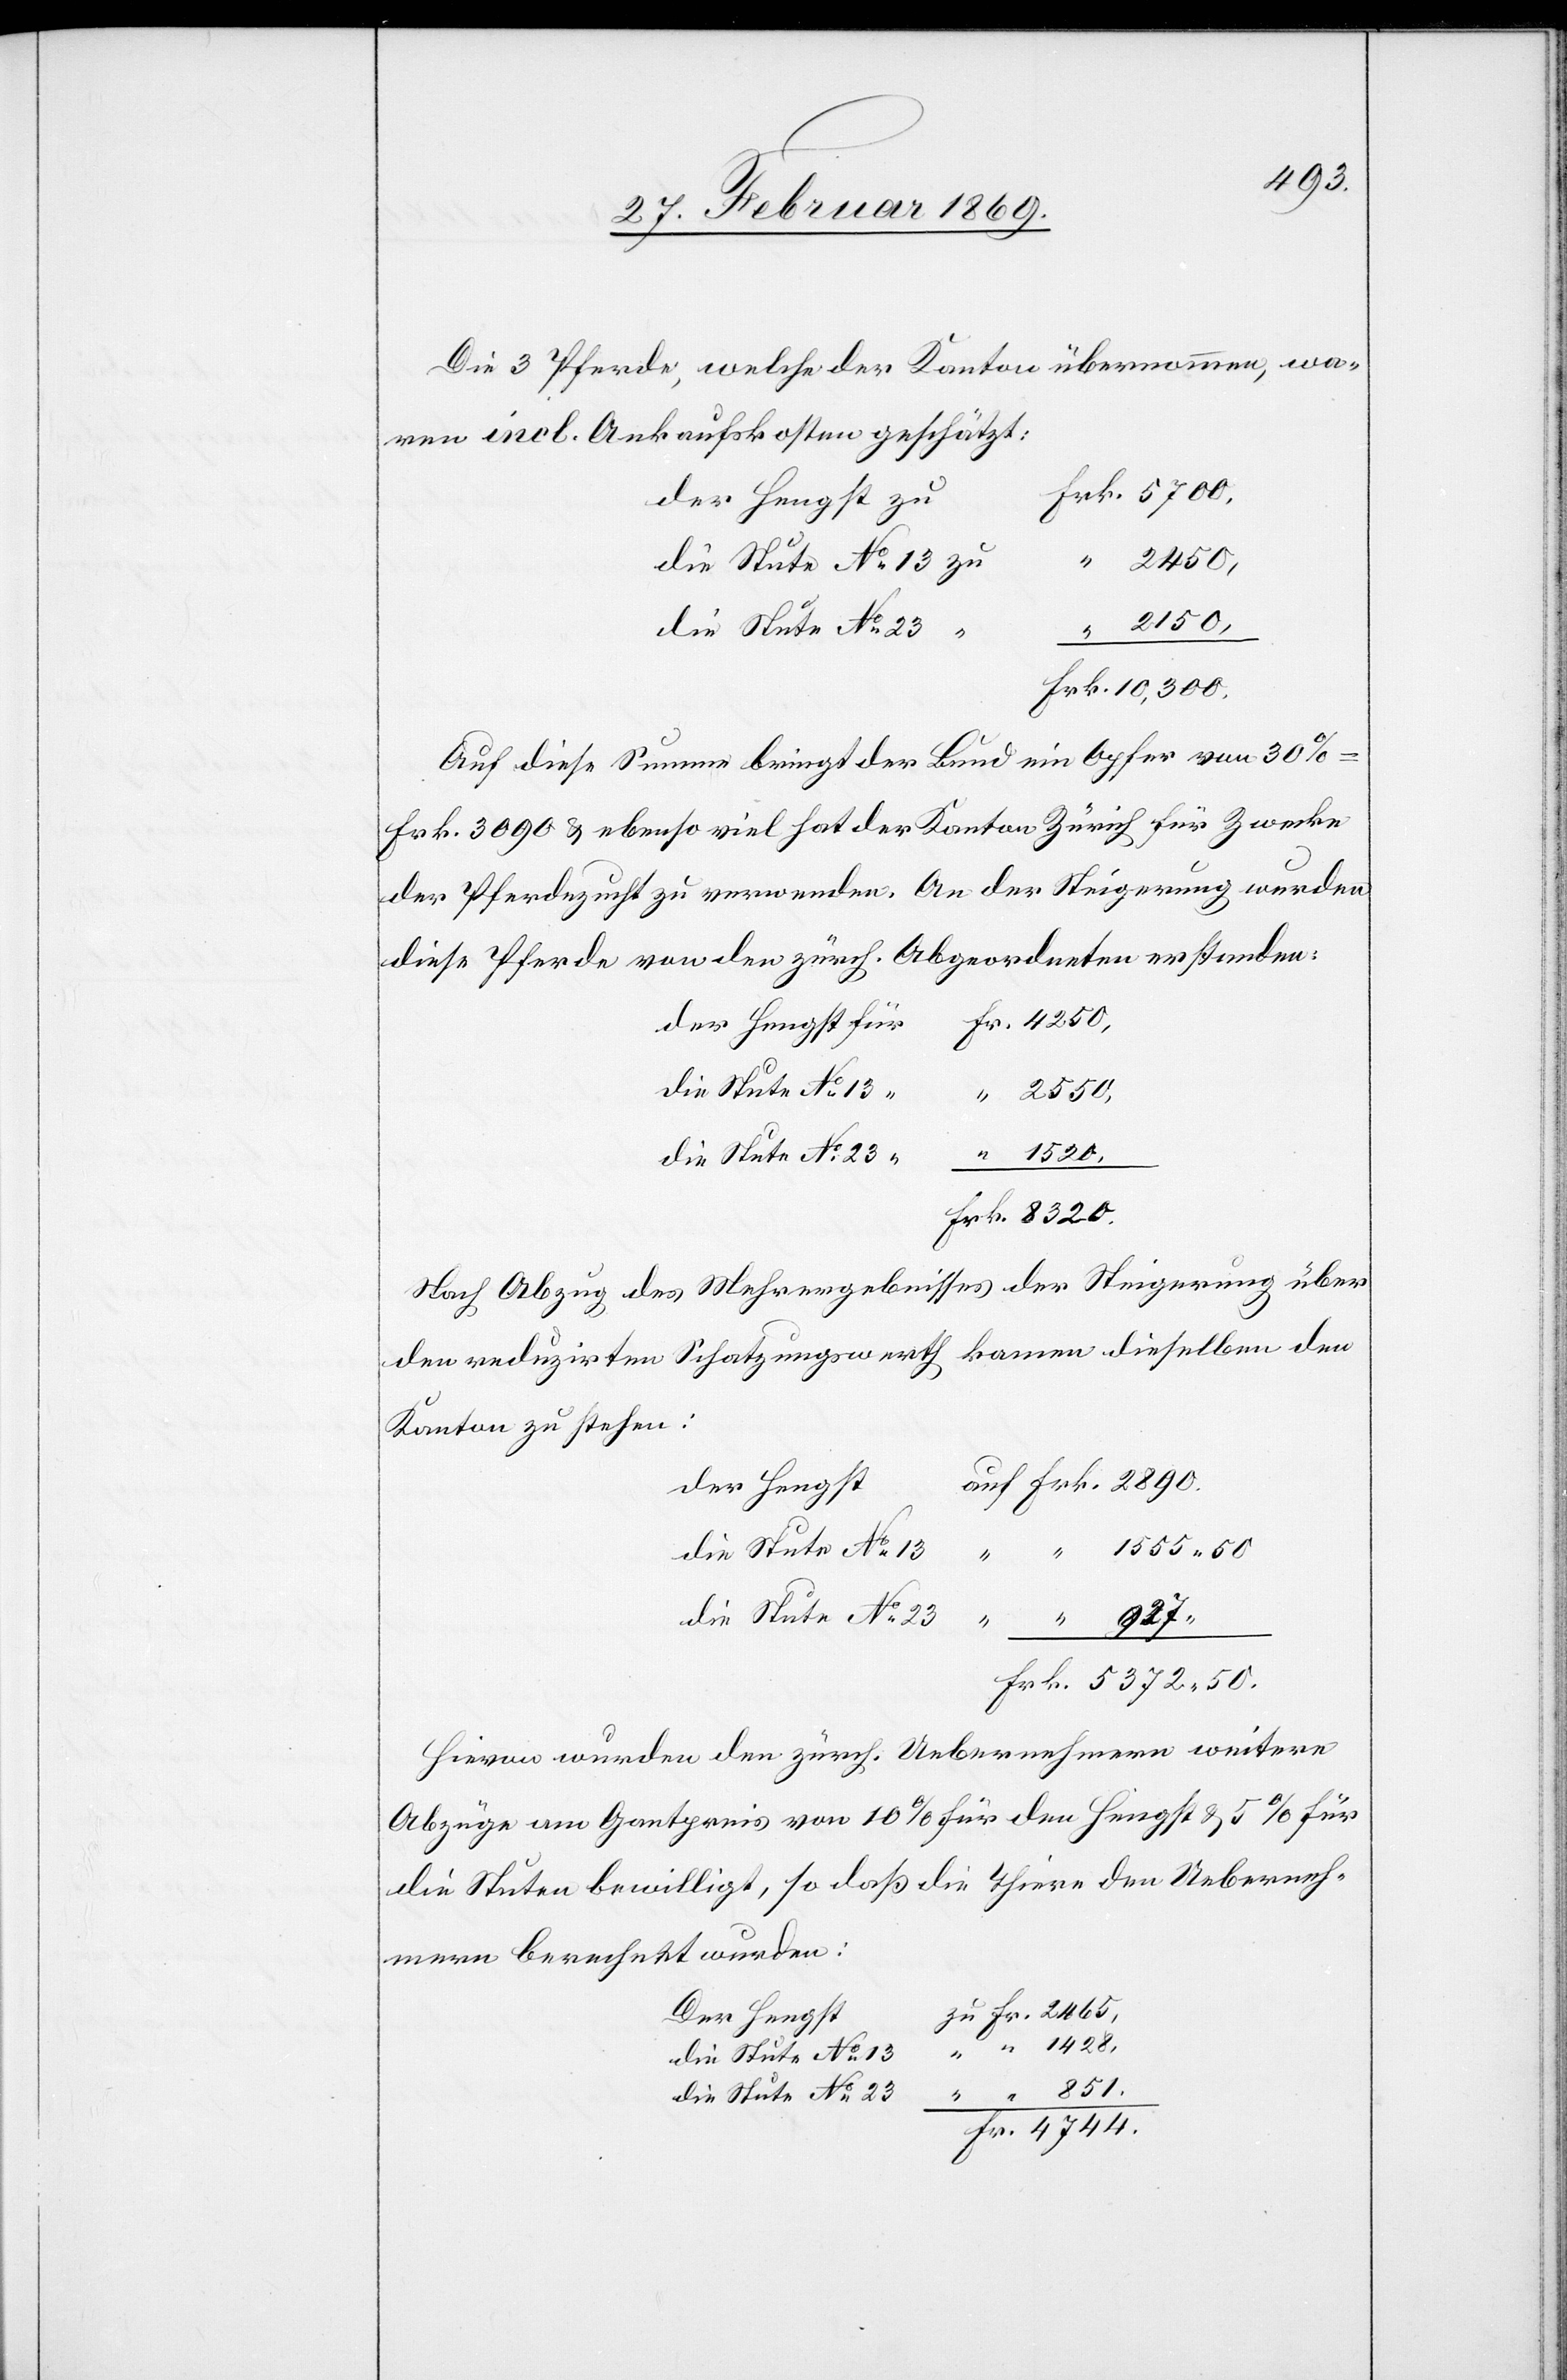
890.
Die 3 Pferde, welche der Kanton übernommen, wa¬
ren incl. Ankaufskosten geschätzt:
Der Hengst zu
Die Stute N° 13 zu
Auf diese Summe bringt der Bund ein Opfer von 30%
Frk. 3090 & ebenso viel hat der Kanton Zürich für Zwecke
der Pferdezucht zu verwenden. An der Steigerung wurden
diese Pferde von den zürch. Abgeordneten erstanden:
2
Der Hengst für
Die Stute N° 13
Nach Abzug des Mehrergebnisses der Steigerung über
den reduzirten Schatzungswerth kommen dieselben den
Kanton zu stehen:
744.
Hievon wurden den zürch. Uebernehmern weitere
Abzüge am Gantpreis von 10% für den Hengst & 5% für
die Stute bewilligt, so daß die Thiere den Ueberneh¬
mern berechnet wurden:
Der Hengst
zu Frk.
Die Stute N° 23
851.
Die Stute N° 23